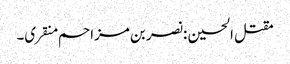
مقتل الحسین :نصر بن مزاحم منقری۔